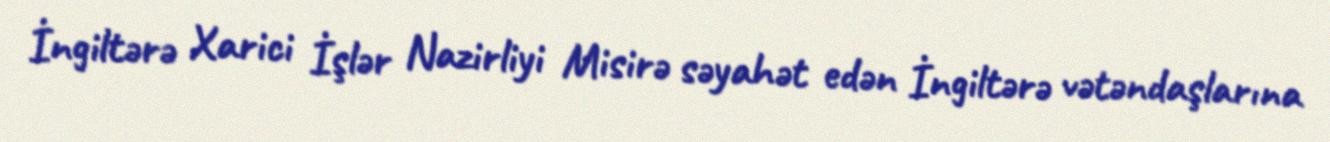
İngiltərə Xarici İşlər Nazirliyi Misirə səyahət edən İngiltərə vətəndaşlarına